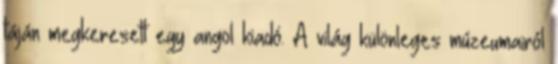
táján megkeresett egy angol kiadó. A világ különleges múzeumairól